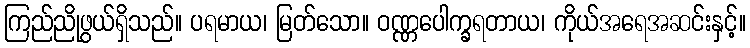
ကြည်ညိုဖွယ်ရှိသည်။ ပရမာယ၊ မြတ်သော။ ဝဏ္ဏပေါက္ခရတာယ၊ ကိုယ်အရေအဆင်းနှင့်။